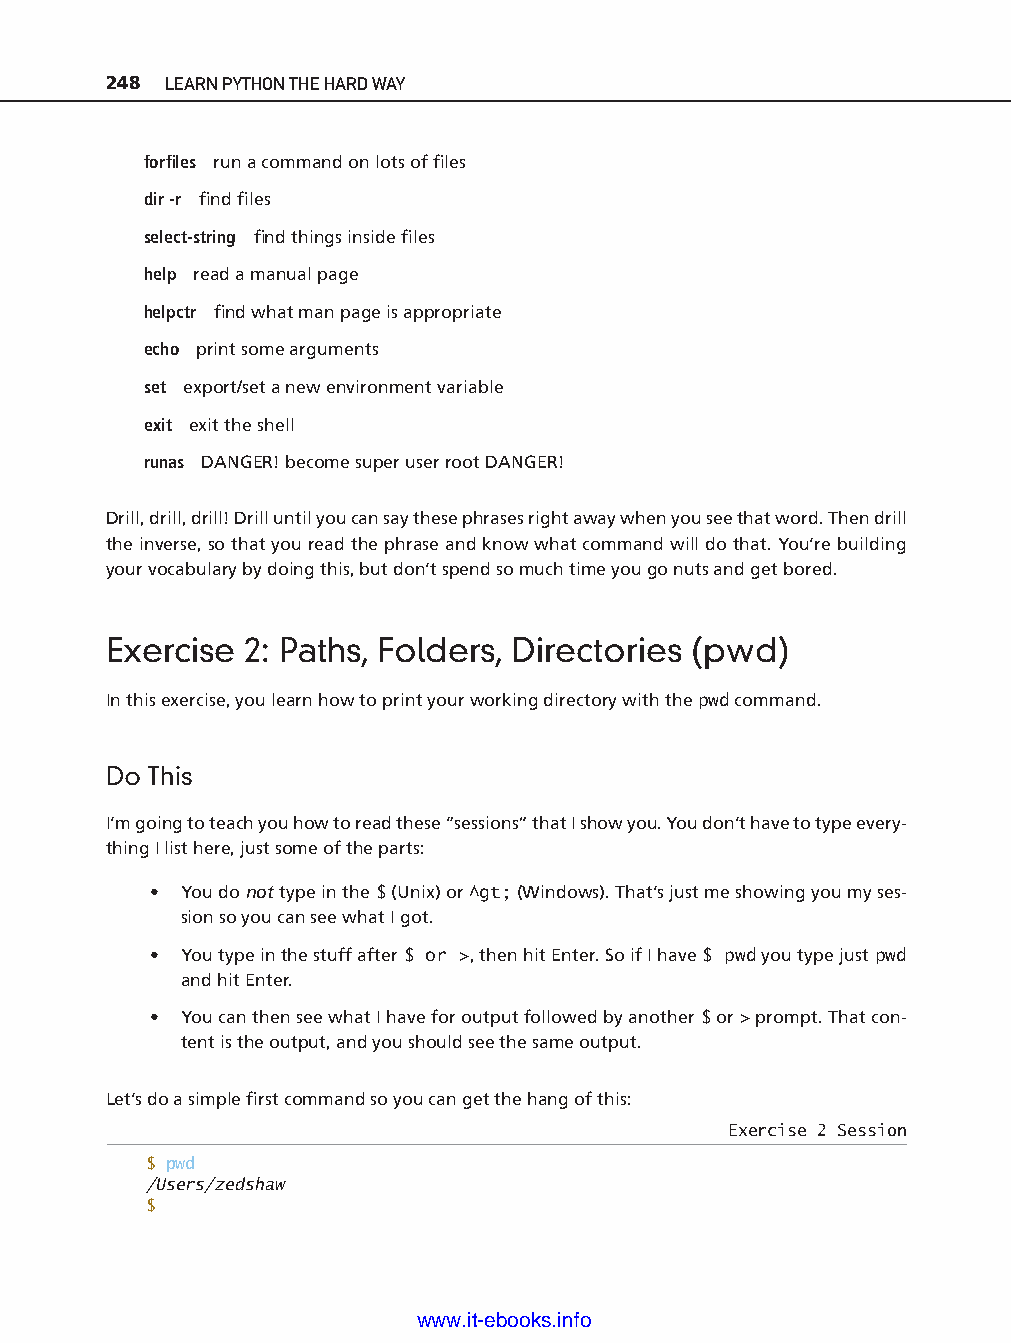
248 LEARN PYTHON THE HARD WAY
 forfi les run a command on lots of fi les
 dir - r fi nd fi les
 select- string fi nd things inside fi les
 help read a manual page
 helpctr fi nd what man page is appropriate
 echo print some arguments
 set export/set a new environment variable
 exit exit the shell
 runas DANGER! become super user root DANGER!
 Drill, drill, drill! Drill until you can say these phrases right away when you see that word. Then drill
 the inverse, so that you read the phrase and know what command will do that. You’re building
 your vocabulary by doing this, but don’t spend so much time you go nuts and get bored.
 Exercise 2: Paths, Folders, Directories (pwd)
 ptg11539604
 In this exercise, you learn how to print your working directory with the pwd command.
 Do This
 I’m going to teach you how to read these “sessions” that I show you. You don’t have to type every-
 thing I list here, just some of the parts:
 • You do not type in the $ (Unix) or ^gt; (Windows). That’s just me showing you my ses-
 sion so you can see what I got.
 • You type in the stuff after $ or >, then hit Enter. So if I have $ pwd you type just pwd
 and hit Enter.
 • You can then see what I have for output followed by another $ or > prompt. That con-
 tent is the output, and you should see the same output.
 Let’s do a simple fi rst command so you can get the hang of this:
 Exercise 2 Session
 $ pwd
 /Users/zedshaw
 $
 www.it-ebooks.info